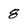
Character: 8